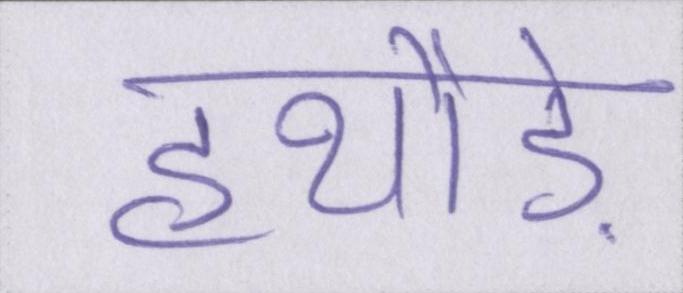
हथौड़े